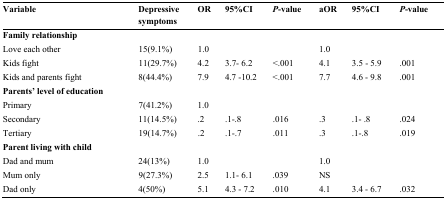
| Variable | Depressive symptoms | OR | 95%CI | P-value | aOR | 95%CI | P-value |
 | --- | --- | --- | --- | --- | --- | --- | --- |
 | Family relationship |  |  |  |  |  |  |  |
 | Love each other | 15(9.1%) | 1.0 |  |  | 1.0 |  |  |
 | Kids fight | 11(29.7%) | 4.2 | 3.7- 6.2 | <.001 | 4.1 | 3.5 - 5.9 | .001 |
 | Kids and parents fight | 8(44.4%) | 7.9 | 4.7 -10.2 | <.001 | 7.7 | 4.6 - 9.8 | .001 |
 | Parents’ level of education |  |  |  |  |  |  |  |
 | Primary | 7(41.2%) | 1.0 |  |  |  |  |  |
 | Secondary | 11(14.5%) | .2 | .1-.8 | .016 | .3 | .1- .8 | .024 |
 | Tertiary | 19(14.7%) | .2 | .1-.7 | .011 | .3 | .1-.8 | .019 |
 | Parent living with child |  |  |  |  |  |  |  |
 | Dad and mum | 24(13%) | 1.0 |  |  | 1.0 |  |  |
 | Mum only | 9(27.3%) | 2.5 | 1.1- 6.1 | .039 | NS |  |  |
 | Dad only | 4(50%) | 5.1 | 4.3 - 7.2 | .010 | 4.1 | 3.4 - 6.7 | .032 |